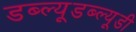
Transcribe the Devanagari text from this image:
डब्ल्यूडब्ल्यूडी